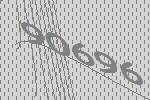
90696